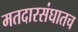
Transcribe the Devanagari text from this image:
मतदारसंघातच